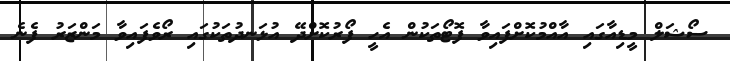
ސޯޝަލް މީޑިއާގައި އާއްމުކޮށްފައިވާ ފޮޓޯތަކުން އެހީ ފޯރުކޮށްދޭ އުޅަނދުތަކުގައި ރޯވެފައިވާ މަންޒަރު ފެނެ